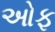
ઓફ